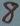
Text: 8